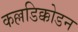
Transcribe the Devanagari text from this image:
कल्लडिक्कोडन